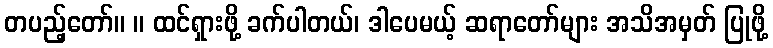
တပည့်တော်။ ။ ထင်ရှားဖို့ ခက်ပါတယ်၊ ဒါပေမယ့် ဆရာတော်များ အသိအမှတ် ပြုဖို့